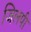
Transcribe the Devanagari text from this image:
जिलपी